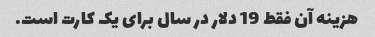
هزینه آن فقط 19 دلار در سال برای یک کارت است.